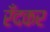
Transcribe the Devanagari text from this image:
रँदकर